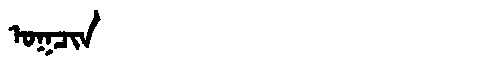
Manchu: ᠣᡴᠴᡳᠨ
Romanization: OKCIN